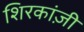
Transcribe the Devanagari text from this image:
शिरकांज़ी